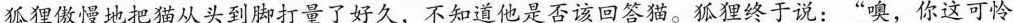
狐狸傲慢地把猫从头到脚打量了好久，不知道他是否该回答猫。狐狸终于说：”嗅，你这可怜